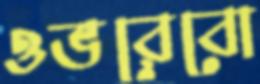
ওভরেবো